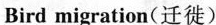
Bird migration(迁徙)